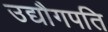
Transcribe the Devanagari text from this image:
उद्यौगपति